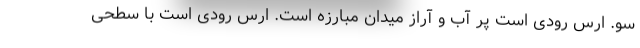
سو. ارس رودی است پر آب و آراز میدان مبارزه است. ارس رودی است با سطحی